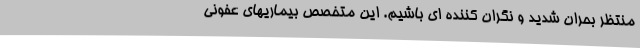
منتظر بحران شدید و نگران کننده ای باشیم. این متخصص بیماریهای عفونی